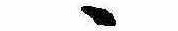
ゝ